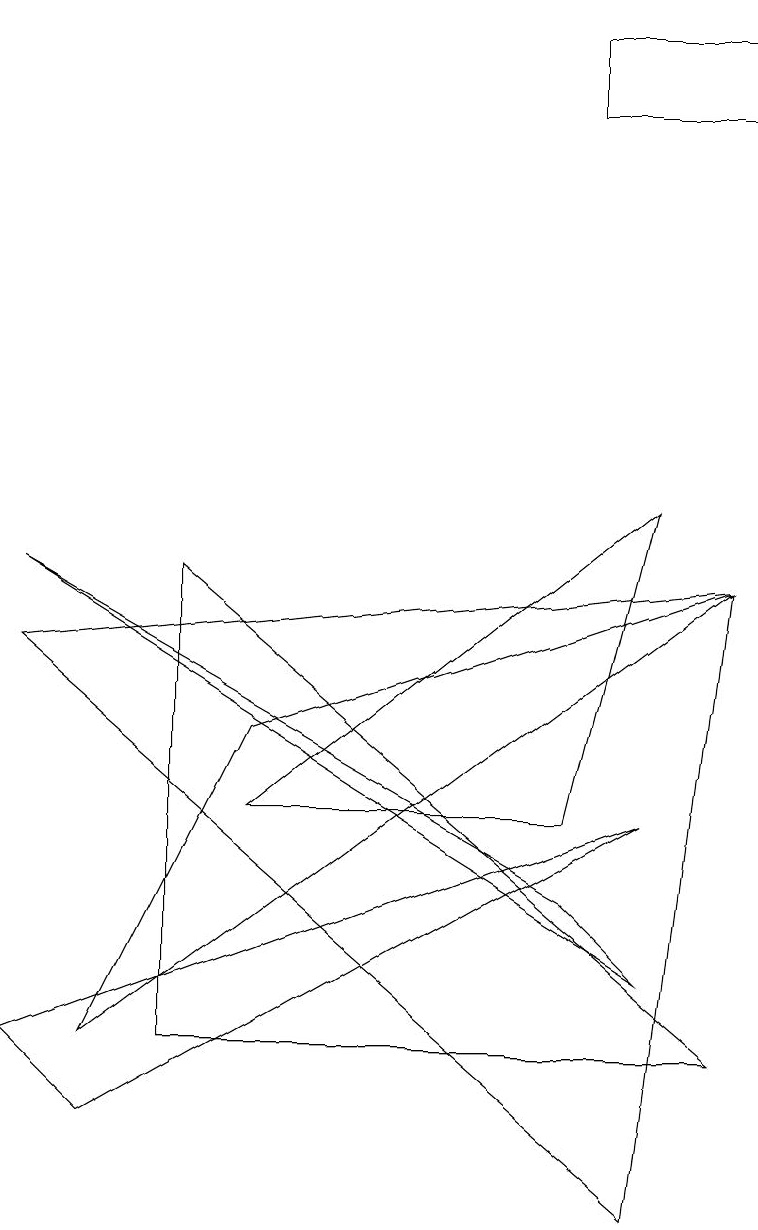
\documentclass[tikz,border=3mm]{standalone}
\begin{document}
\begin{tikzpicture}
\draw (7,5) -- (8,9) -- (3,5) -- cycle;
\draw (0,2) -- (8,5) -- (1,1) -- cycle;
\draw (7,4) -- (0,8) -- (8,3) -- cycle;
\draw (2,8) -- (2,2) -- (9,2) -- cycle;
\draw (9,15) rectangle (7,14);
\draw (3,6) -- (1,2) -- (9,8) -- cycle;
\draw (0,7) -- (8,0) -- (9,8) -- cycle;
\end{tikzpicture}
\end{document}